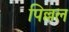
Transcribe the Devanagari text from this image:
पिल्लल